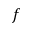
f